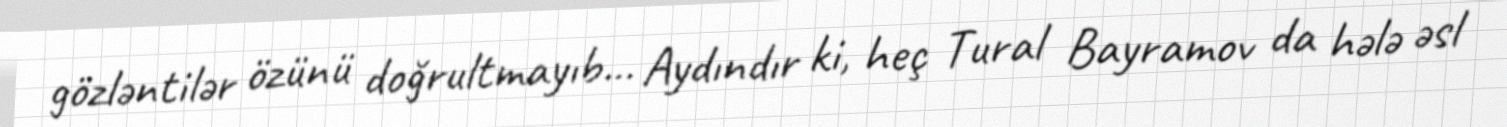
gözləntilər özünü doğrultmayıb... Aydındır ki, heç Tural Bayramov da hələ əsl